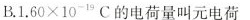
B. $$1 . 6 0 \times 1 0 ^ { - 1 9 } C$$ 电荷量叫元电荷